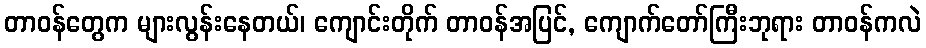
တာဝန်တွေက များလွန်းနေတယ်၊ ကျောင်းတိုက် တာဝန်အပြင်, ကျောက်တော်ကြီးဘုရား တာဝန်ကလဲ